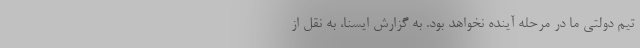
تیم دولتی ما در مرحله آینده نخواهد بود. به گزارش ایسنا، به نقل از